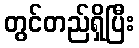
တွင်တည်ရှိပြီး